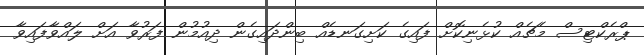
ޕްރެކްޓިސް މެޗެއް ކުޅެނިކޮށް ފައިގެ ކަށިގަނޑެއް ބިންދައިގެން ދިއުމުން ފަރުވާ އަށް ލައްވާފައިވާ